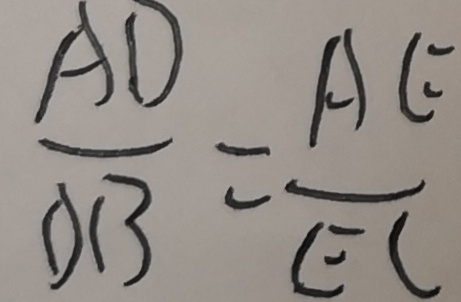
\frac { A D } { O B } = \frac { A E } { E C }